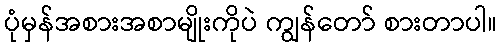
ပုံမှန်အစားအစာမျိုးကိုပဲ ကျွန်တော် စားတာပါ။